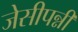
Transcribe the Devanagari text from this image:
जेसीपन्नी